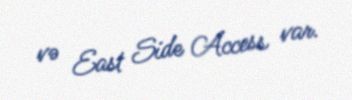
və East Side Access var.